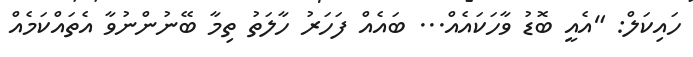
ހައިކަލް: "އެއީ ބޮޑު ވާހަކައެއް... ބައެއް ފަހަރު ހާލަތު ތިމާ ބޭނުންނުވާ އެތައްކަމެއް